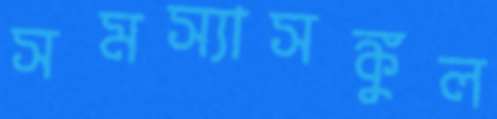
সমস্যাসঙ্কুল